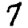
Digit: 7